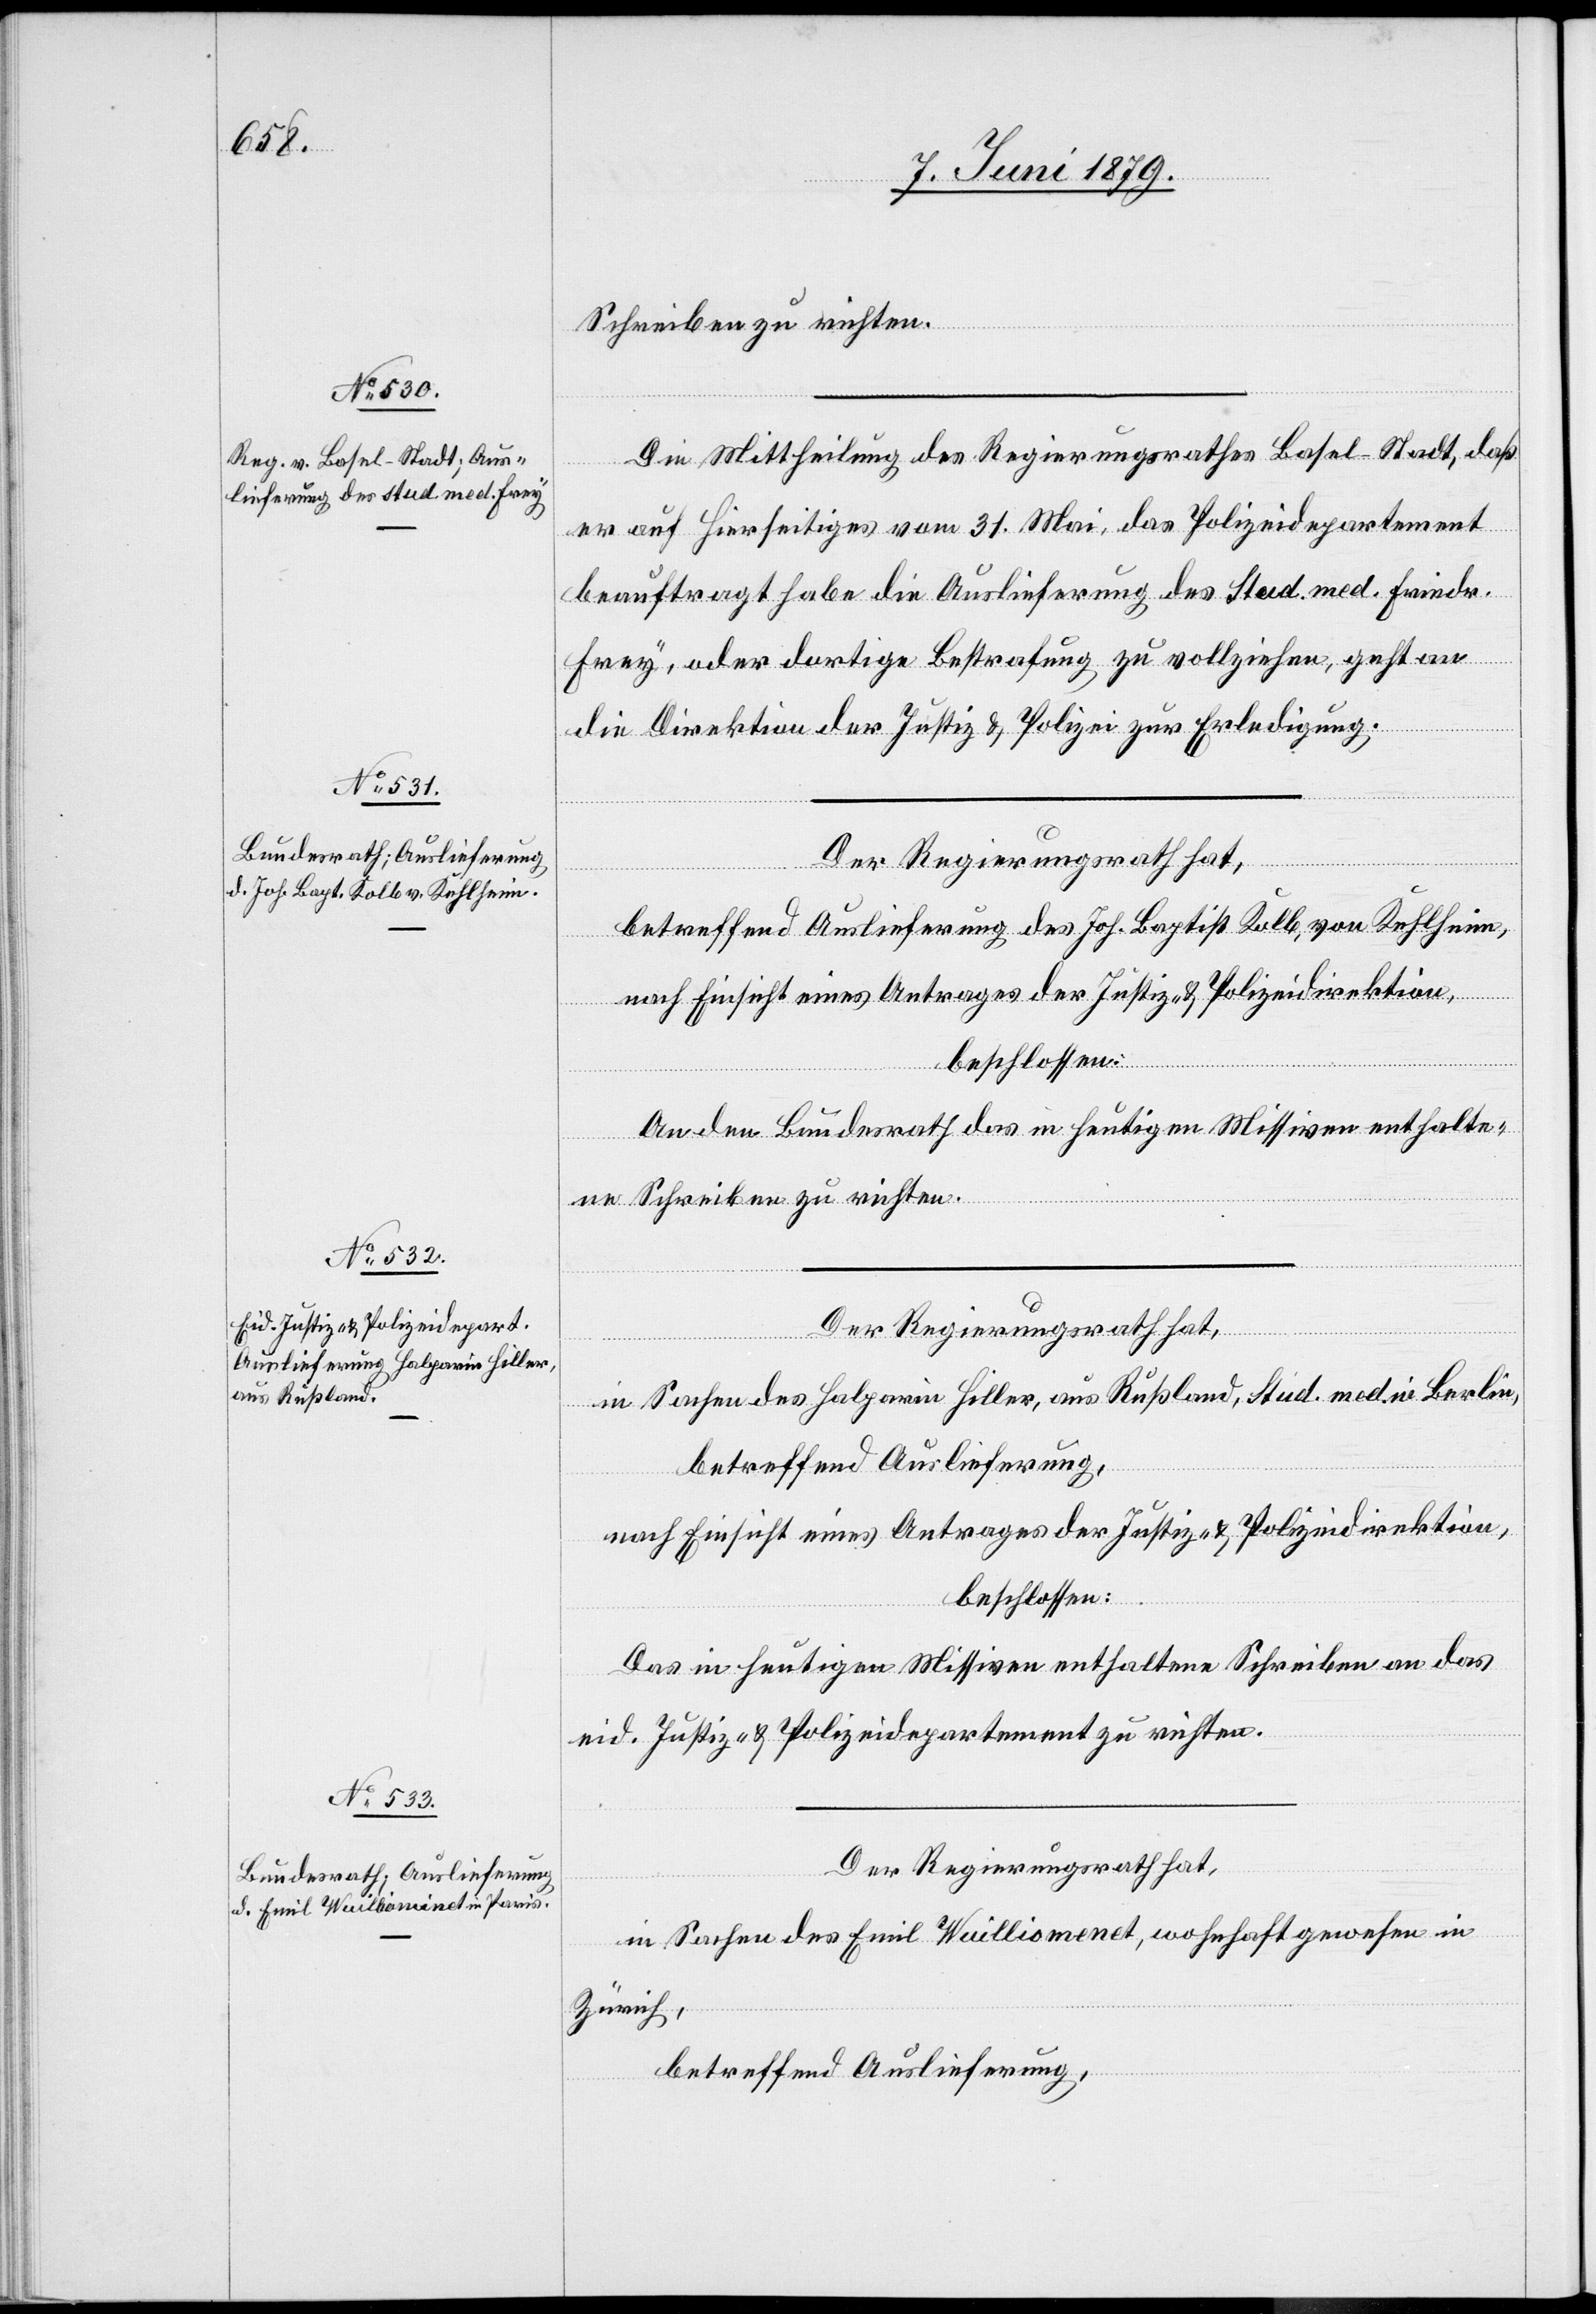
9. Juni 1879.]
Schreiben zu richten.
Die Mittheilung des Regierungsrathes Basel-Stadt, daß
er auf Hierseitiges vom 31. Mai, das Polizeidepartement
beauftragt habe die Auslieferung des Stud. med. Friedr.
Frey, oder dortige Bestrafung zu vollziehen, geht an
die Direktion der Justiz & Polizei zur Erledigung.
Der Regierungsrath hat,
betreffend Auslieferung des Joh. Baptist Kolb, von Kehlheim,
nach Einsicht eines Antrages der Justiz- & Polizeidirektion,
beschlossen:
An den Bundesrath das in heutigen Missiven enthalte¬
ne Schreiben zu richten.
Der Regierungsrath hat,
in Sachen des Halparin Hiller, aus Rußland, Stud. med. in Berlin,
betreffend Auslieferung,
nach Einsicht eines Antrages der Justiz- & Polizeidirektion,
beschlossen:
Das in heutigen Missiven enthaltene Schreiben an das
eid. Justiz- & Polizeidepartement zu richten.
Der Regierungsrath hat,
in Sachen des Emil Wuilliomenet [sic!], wohnhaft gewesen in
Zürich,
betreffend Auslieferung,